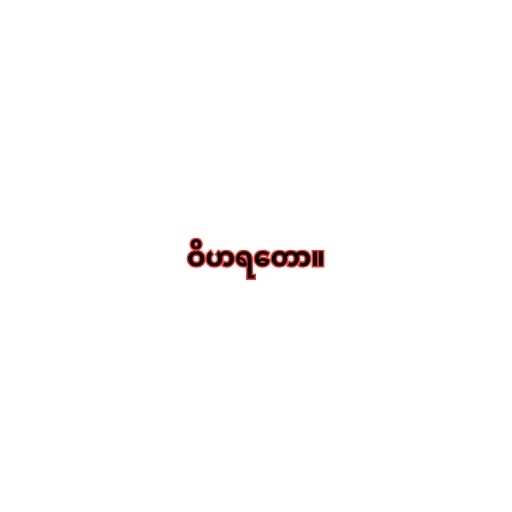
ဝိဟရတော။